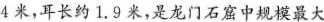
4米，耳长约1.9米，是龙门石窟中规模最大